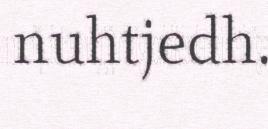
nuhtjedh.